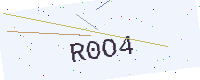
Text: R0O4